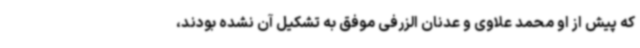
که پیش از او محمد علاوی و عدنان الزرفی موفق به تشکیل آن نشده بودند،